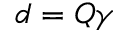
d = Q \gamma